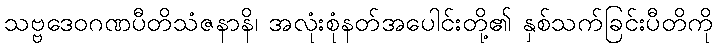
သဗ္ဗဒေဝဂဏပီတိသံဇနာနိ၊ အလုံးစုံနတ်အပေါင်းတို့၏ နှစ်သက်ခြင်းပီတိကို